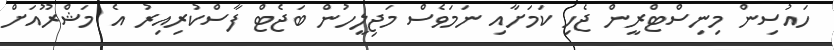
ހައުސިން މިނިސްޓްރީން ޖެހި ކަމަށާއި ނަމަވެސް މަޖިލީހުން ބަޖެޓް ފާސްކުރިއިރު އެ މަޝްރޫއަށް